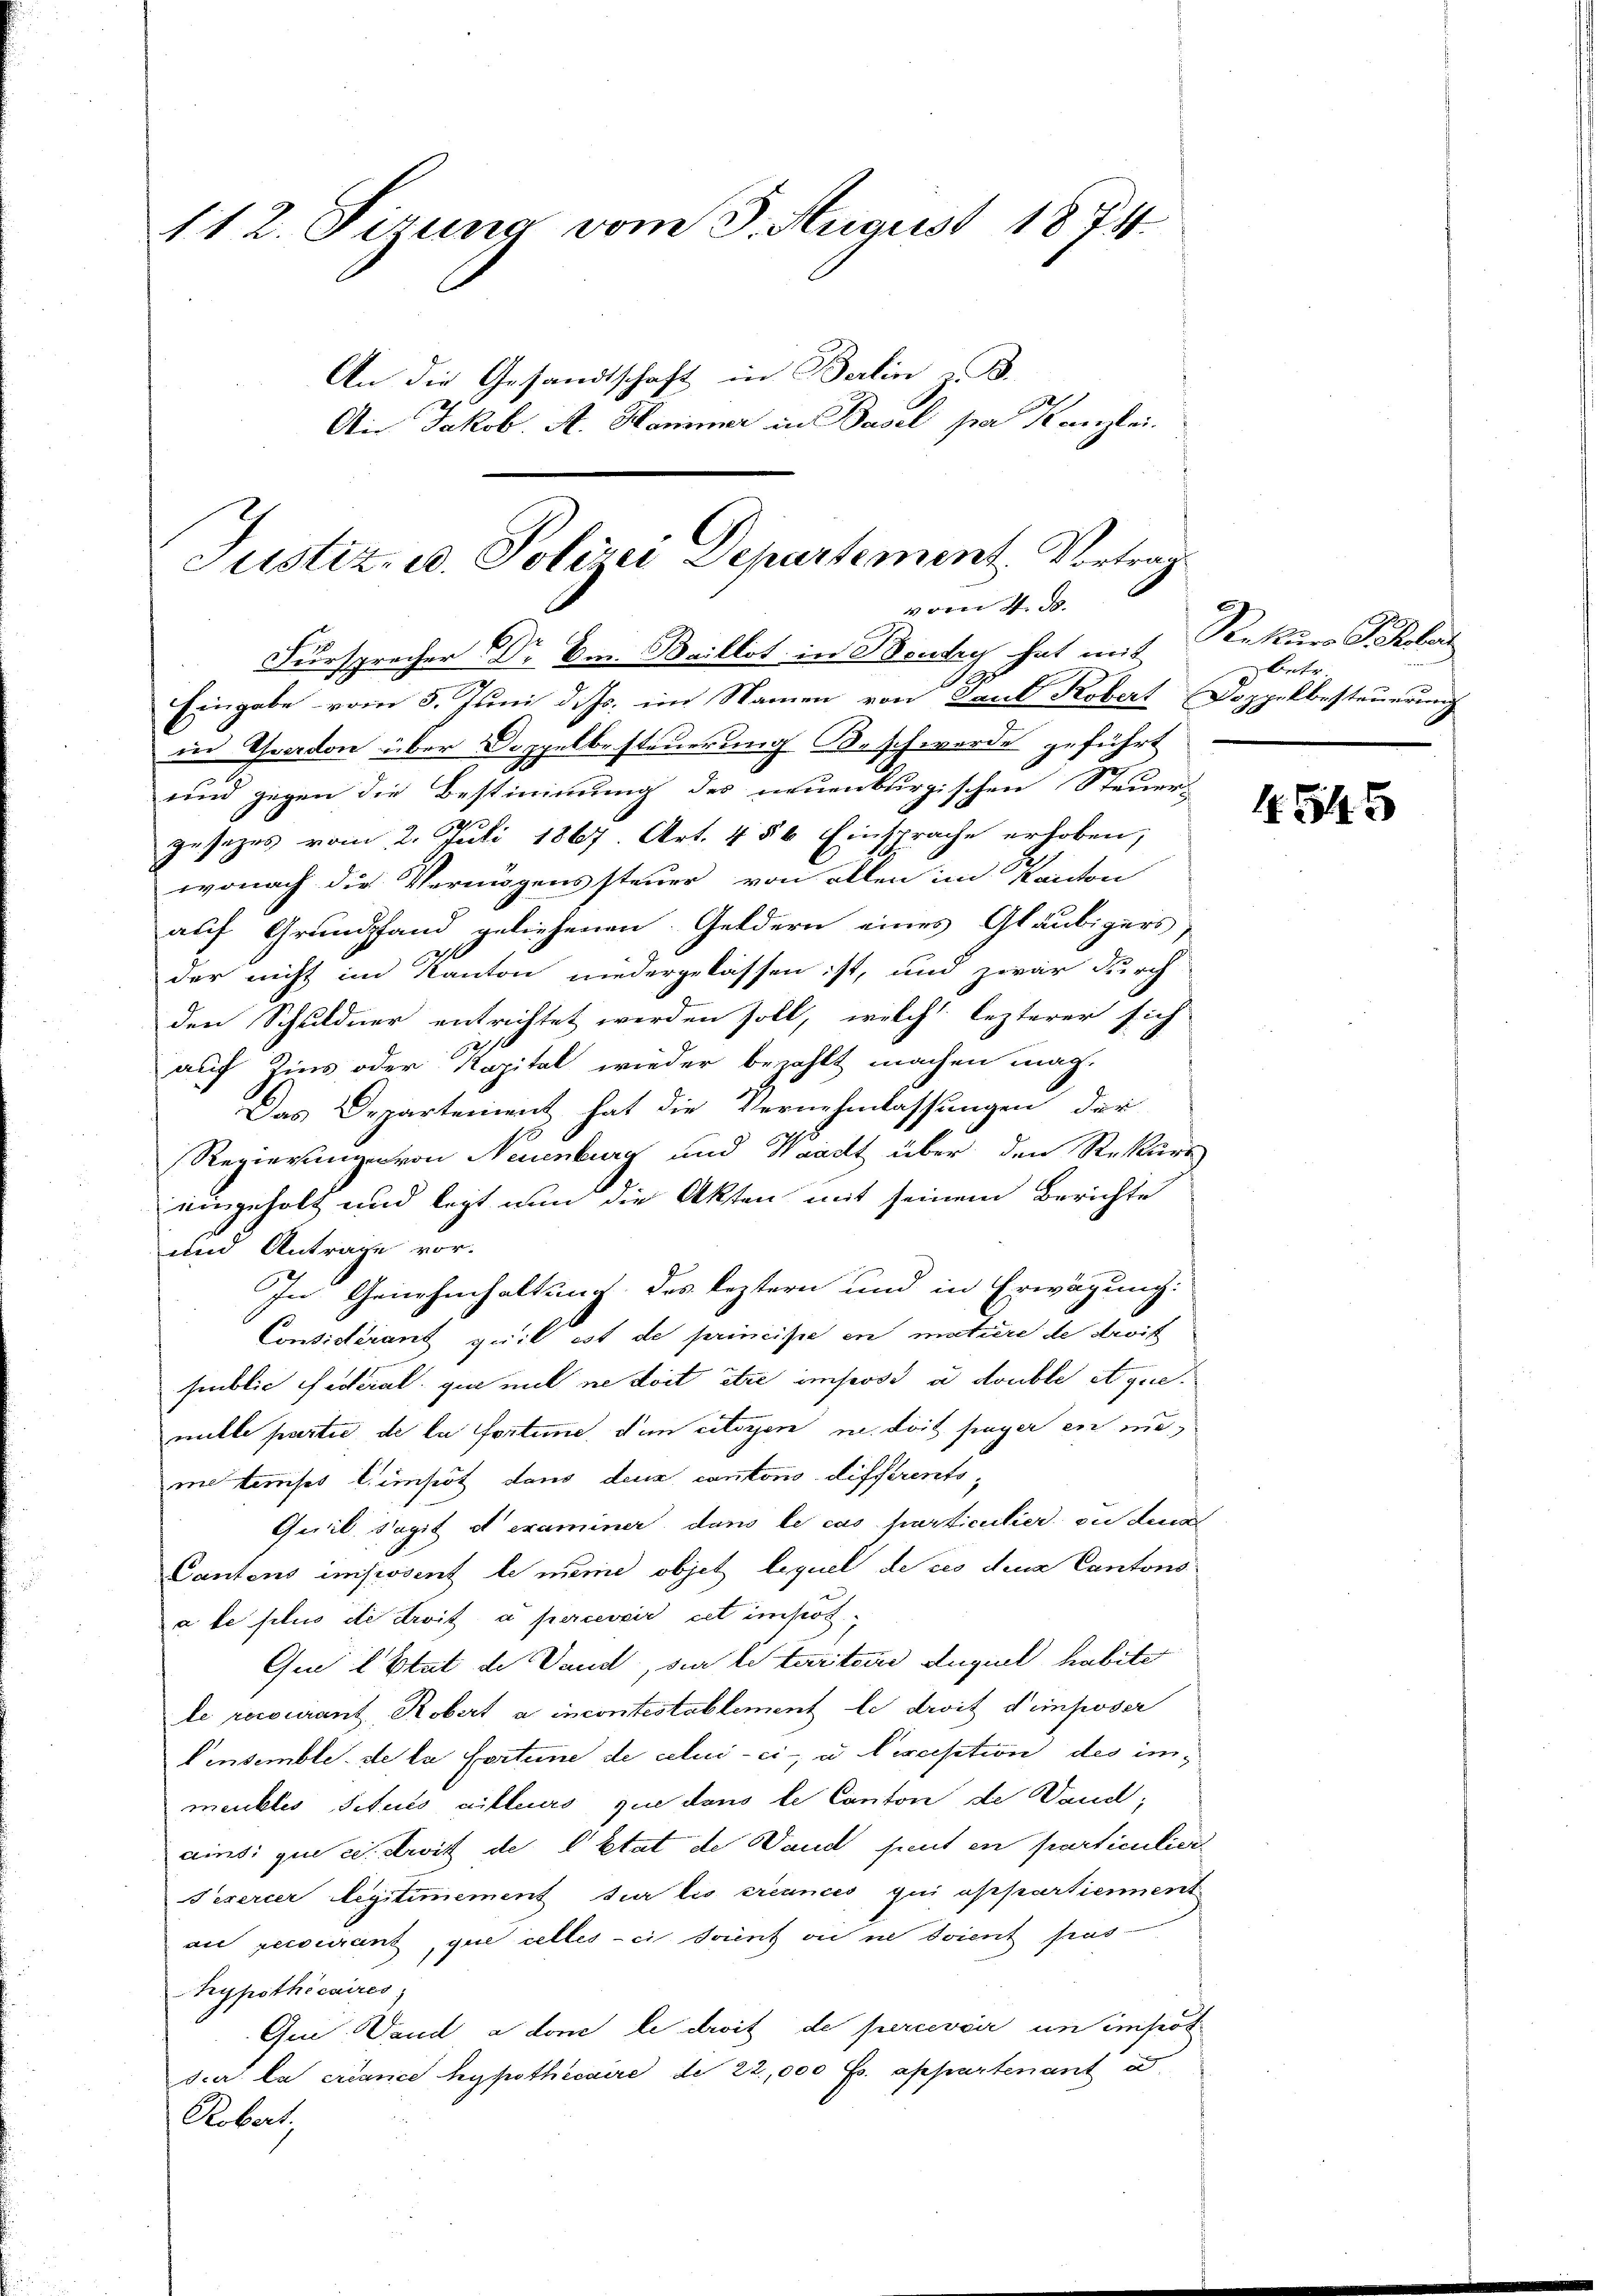
112. Firung vom 3. August 1874.
An die Gesandtschaft in Berlin z. B.
Ain Jakob. A. Hammer in Basel par Kanzlei.

Justiz- u. Polizei Departement. Vortrag
vom 4. d.
Fürsprecher Dr. Am Baillot in Boudry hat mit
Eingabe vom 5. Juni d. Js. im Namen von Kant Kobert Doppelbesteuerung

in Theardon über Doppelbesteuerung B. schwerde geführt
und gegen die Bestimmung des neuenburgischen Steuer-
gesezes vom 2. Juli 1867 Art. 456 Einsprache erhoben;
wonach die Vermögenssteuer von allen im Kanton
auf Grundpfand geliehenen Geldern eines Gläubigers,
der nicht im Kanton niedergelassen ist, und zwar durch
den Schuldner entrichtet werden soll, welch lezterer sich
auf Zins oder Kapital wieder bezahlt machen mag.
Das Departement hat die Vernehmlassungen der
Regierung von Neuenburg und Waadt über den Rekurs
uingeholt und legt nun die Akten mit seinem Berichte
und Antrage vor.
In Genehmhaltung des leztern und in Erwägung:
Considérant quit ist de principe in mitiere de droit
public festerial, que mit ne doit être imposi a double Aquemille partie de la fortime, den citoyen u. dort singer in mi
meterses Limpöt dans deux cantons différents¬
Quil s’agit et examiner dans le cas particulier ou denn
Cantons imposent le meine objet lequel de ces deus Cantons
a le plus de droit à percevoir cet impot
Que l’Etat de Vaud, der le tarten Auguel habite
le recourant Robert a incontestablement le droit d’imposer
Einsemble de la fortune de celui-ci u Cereption des immeubles situés ailleurs que dans le Canton de Danck,
ainsi que ce droit de Oktat de Wand freut en particulier
Pexercer legitimement sur les créances qui appartienment
on pecourant, que celles-ci soient ou ne doient frus-
hypothécaires,
Qui. Vanda done le droit de percevoir un impert
sia la créance hypothécaire de 22,000 Fr. appartenant u.
Aebert,

Rekurs P. Polar
betr.

4545